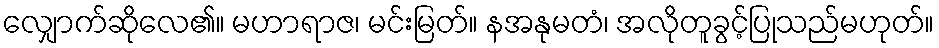
လျှောက်ဆိုလေ၏။ မဟာရာဇ၊ မင်းမြတ်။ နအနုမတံ၊ အလိုတူခွင့်ပြုသည်မဟုတ်။